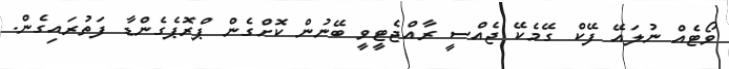
ވޯޓެއް ނުލައޭ ފޭކް ގޭމެކޭ ޖެއްސީ ރާއްޖެޓީވީ ބޭނުން ކޮށްގެން ޕްރޮޕެގެންޑާ ފަތުރައިގެން.